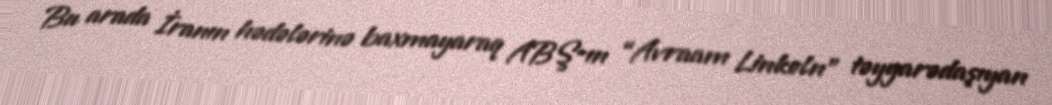
Bu arada İranın hədələrinə baxmayaraq ABŞ-ın “Avraam Linkoln” təyyarədaşıyan